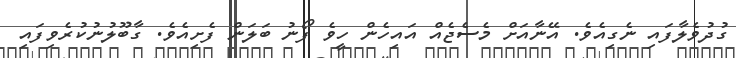
ގުދުވެލާފައި ނެގިއެވެ. އޭނާއަށް މެސެޖެއް އައިހެން ހީވެ ފޯނު ބަލަން ފެށިއެވެ. ގާބޫލުނުކުރެވިފައި